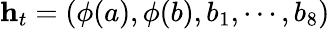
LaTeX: \mathbf{h}_{t}=(\phi(a),\phi(b),b_{1},\cdots,b_{8})